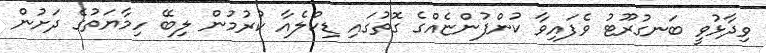
ވިދާޅުވީ ބަނގުރޫޓު ވެފައިވާ ކުންފުންޏެއްގެ ގޮތުގައި ޑިކްލެއާ ކުރުމުން ލިބޭ ހިމާޔަތުގެ ދަށުން